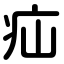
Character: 疝